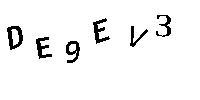
DE9EV3